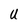
Character: U